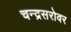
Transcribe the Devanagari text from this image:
चन्द्रसरोवर